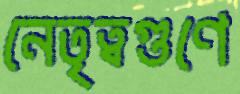
নেতৃত্বগুণে